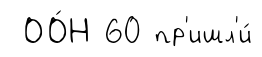
ОО́Н 60 пр'ишл'и́